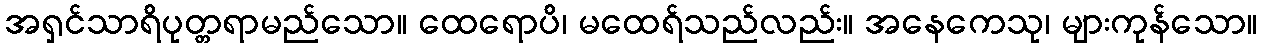
အရှင်သာရိပုတ္တရာမည်သော။ ထေရောပိ၊ မထေရ်သည်လည်း။ အနေကေသု၊ များကုန်သော။